Report of the Indian Hemp Drugs Commission, 1894-1895 - Volume VII
Year: 1894
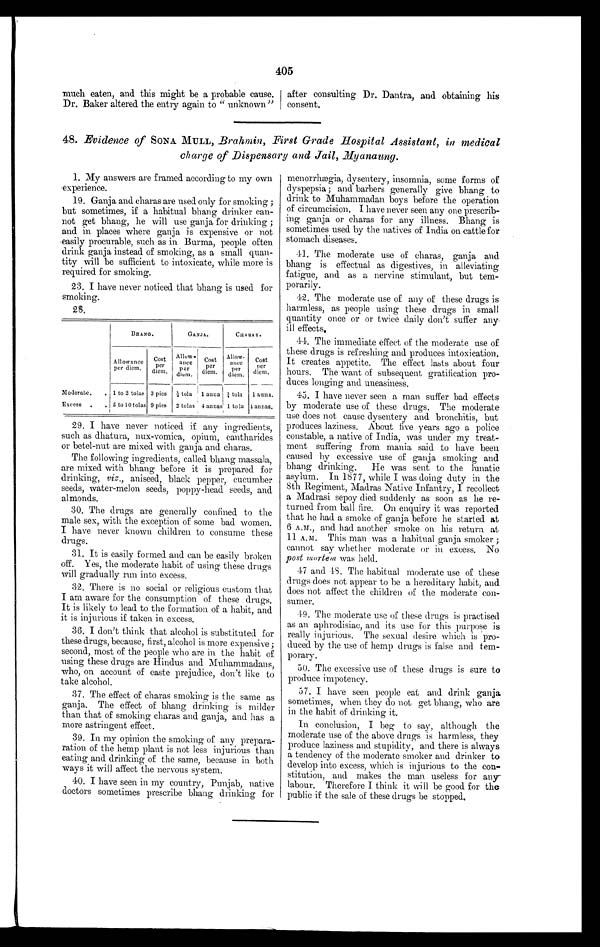
405
much eaten, and this might be a probable cause.
Dr. Baker altered the entry again to "unknown"
after consulting Dr. Dantra, and obtaining his
consent.
48. Evidence of SONA MULL, Brahmin, First Grade Hospital Assistant, in medical
charge of Dispensary and Jail, Myanaung.
1. My answers are framed according to my own
experience.
19. Ganja and charas are used only for smoking;
but sometimes, if a habitual bhang drinker can
-not get bhang, he will use ganja for drinking;
and in places where ganja is expensive or not
easily procurable, such as in Burma, people often
drink ganja instead of smoking, as a small quan
-tity will be sufficient to intoxicate, while more is
required for smoking.
23. I have never noticed that bhang is used for
smoking.
28.
BHANG.
GANJA .
CHARAS.
Allowance
per diem.
Cost
p e r
d i e m .
Allow-
ance
per
diem.
Cost p e r
d i e m
Allow-
ance
per
diem.
Cost
p e r
diem.
Moderate . . . 1 to 2 tolas 3 pies
½ t o l a
1 anna ¼ tola
1 anna.
Excess . . . 5 to 10 tolas 9 pies
2 tolas 4 annas 1 to la 4 annas.
I have never noticed if any ingredients,
such as dhatura, nux-vomica, opium, cantharides
or betel-nut are mixed with ganja and charas.
The following ingredients, called bhang massala,
are mixed with bhang before it is prepared for
drinking, viz., aniseed, black pepper, cucumber
seeds, water-melon seeds, poppy-head seeds, and
almonds.
29. The drugs are generally confined to the
male sex, with the exception of some bad women.
I have never known children to consume these
drugs.
30. It is easily formed and can be easily broken
off. Yes, the moderate habit of using these drugs
will gradually run into excess.
31. There is no social or religious custom that
I am aware for the consumption of these drugs.
It is likely to lead to the formation of a habit, and
it is injurious if taken in excess.
36. I don't think that alcohol is substituted for
these drugs, because, first, alcohol is more expensive;
second, most of the people who are in the habit of
using these drugs are Hindus and Muhammadans,
who, on account of caste prejudice, don't like to
take alcohol.
37. The effect of charas smoking is the same as
ganja. The effect of bhang drinking is milder
than that of smoking charas and ganja, and has a
more astringent effect.
39. In my opinion the smoking of any prepar
a - r a t i o n o f t h e h e m p p l a n t i s n o t l e s s i n j u r i o u s t h a n
eating and drinking of the same, because in both
ways it will affect the nervous system.
40. I have seen in my country, Punjab, native
doctors sometimes prescribe bhang drinking for
menorrhægia, dysentery, insomnia, some forms of
dyspepsia; and barbers generally give bhang to
drink to Muhammadan boys before the operation
of circumcision. I have never seen any one prescrib
- i n g g a n j a o r c h a r a s f o r a n y B h a n g i s
sometimes used by the natives of India on cattle for
stomach diseases.
41. The moderate use of charas, ganja and
bhang is effectual as digestives, in alleviating
fatigue, and as a nervine stimulant, but tem
- p o r a r i l y .
42. The moderate use of any of these drugs is
harmless, as people using these drugs in small
quantity once or or twice daily don't suffer any
ill effects.
44. The immediate effect of the moderate use of
these drugs is refreshing and produces intoxication.
It creates appetite. The effect lasts about four
hours. The want of subsequent gratification pro
- d u c e s l o n g i n g a n d u n e a s i n e s s .
45. I have never seen a man suffer bad effects
by moderate use of these drugs. The moderate
use does not cause dysentery and bronchitis, but
produces laziness. About live years ago a police
constable, a native of India, was under my treat--
ment suffering from mania said to have been
caused by excessive use of ganja smoking and
bhang drinking. He was sent to the lunatic
asylum. In 1877, while I was doing duty in the
8th Regiment, Madras Native Infantry, I recollect
a Madrasi sepoy died suddenly as soon as he re--
turned from ball fire. On enquiry it was reported
that he had a smoke of ganja before he started at
6 A.M. and had another smoke on his return at
11 A. M. This man was a habitual ganja smoker;
cannot say whether moderate or in excess. No
post mortem was held.
47 and 48. The habitual moderate use of these
drugs does not appear to be a hereditary habit, and
does not affect the children of the moderate con
-sumer.
49. The moderate use of these drugs is practised
as an aphrodisiac, and its use for this purpose is
really injurious. The sexual desire which is pro
-duced by the use of hemp drugs is false and tem
-porary.
50. The excessive use of these drugs is sure to
produce impotency.
57. I have seen people eat and drink ganja
sometimes, when they do not get bhang, who are
in the habit of drinking it.
In conclusion, I beg to say, although the
moderate use of the above drugs is harmless, they
produce laziness and stupidity, and there is always
a tendency of the moderate smoker and drinker to
develop into excess, which is injurious to the con-
-stitution, and makes the man useless for an
y - l a b o u r . T h e r e f o r e I t h i n k i t w i l l b e g o o d f o r t h e
public if the sale of these drugs be stopped.